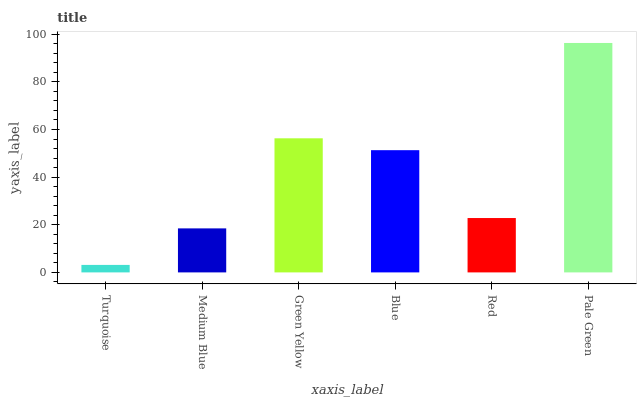
| xaxis_label | bars |
 | --- | --- |
 | Turquoise | 3.14 |
 | Medium Blue | 18.5 |
 | Green Yellow | 56.3 |
 | Blue | 51.3 |
 | Red | 22.8 |
 | Pale Green | 96.3 |